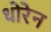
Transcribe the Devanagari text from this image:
धोरेन